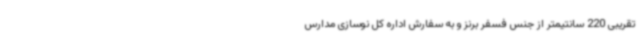
تقریبی 220 سانتیمتر از جنس فسفر برنز و به سفارش اداره کل نوسازی مدارس